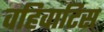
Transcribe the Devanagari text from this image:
वहिवाटिस